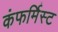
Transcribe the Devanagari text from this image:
कंफर्मिस्ट